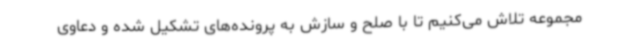
مجموعه تلاش می‌کنیم تا با صلح و سازش به پرونده‌های تشکیل شده و دعاوی